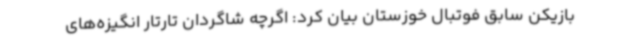
بازیکن سابق فوتبال خوزستان بیان کرد: اگرچه شاگردان تارتار انگیزه‌های